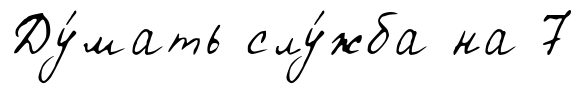
Ду́мать слу́жба на 7